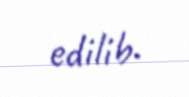
edilib.